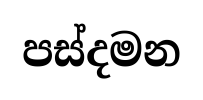
පස්දමන